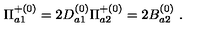
{ \Pi } _ { a 1 } ^ { + ( 0 ) } = 2 D _ { a 1 } ^ { ( 0 ) } { \Pi } _ { a 2 } ^ { + ( 0 ) } = 2 B _ { a 2 } ^ { ( 0 ) } \ .